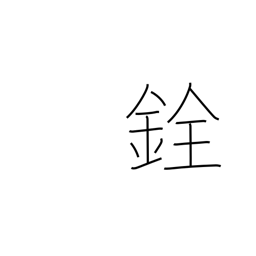
Meaning: scales